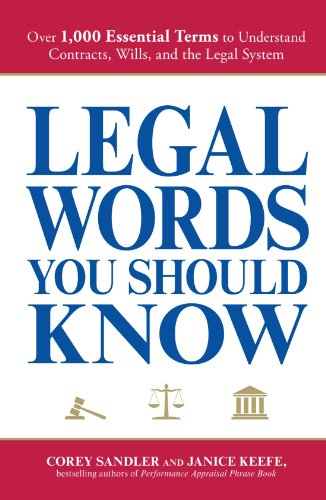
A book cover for Legal Words You Should Know: Over 1,000 Essential Terms to Understand Contracts, Wills, and the Legal System; Corey Sandler; Law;